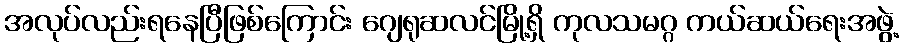
အလုပ်လည်းရနေပြီဖြစ်ကြောင်း ဂျေရုဆလင်မြို့ရှိ ကုလသမဂ္ဂ ကယ်ဆယ်ရေးအဖွဲ့